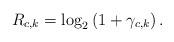
LaTeX: \begin{align*} R_{c,k}=\log_2\left(1+\gamma_{c,k}\right).\end{align*}